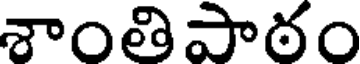
శాంతిపాఠం